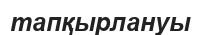
тапқырлануы